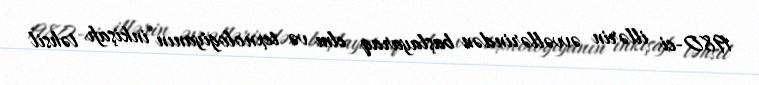
1980-ci illərin əvvəllərindən başlayaraq elm və texnologiyanın inkişafı təhsil